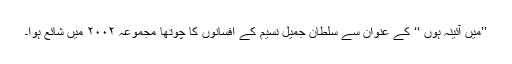
’’میں آئینہ ہوں ‘‘ کے عنوان سے سلطان جمیل نسیم کے افسانوں کا چوتھا مجموعہ ۲۰۰۲ میں شائع ہوا۔